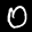
Label: 0